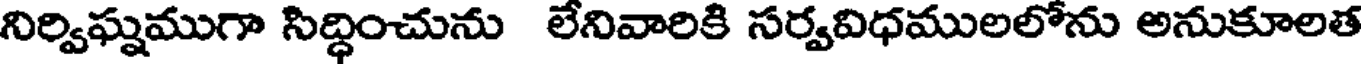
నిర్విఘ్నముగా సిద్ధించును లేనివారికి సర్వవిధములలోను అనుకూలత